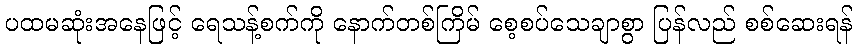
ပထမဆုံးအနေဖြင့် ရေသန့်စက်ကို နောက်တစ်ကြိမ် စေ့စပ်သေချာစွာ ပြန်လည် စစ်ဆေးရန်